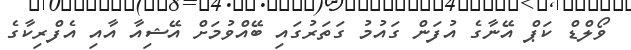
ވޯލްޑް ކަޕް އޭނާގެ އުފަން ގައުމު ގަތަރުގައި ބޭއްވުމަށް އޭޝިއާ އާއި އެފްރިކާގެ